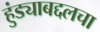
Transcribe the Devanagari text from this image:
हुंड्याबद्दलचा